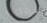
همفري